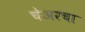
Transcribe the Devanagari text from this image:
चेअरचा